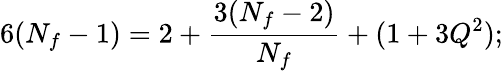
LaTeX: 6(N_{f}-1)=2+{\frac{3(N_{f}-2)}{N_{f}}}+(1+3Q^{2});